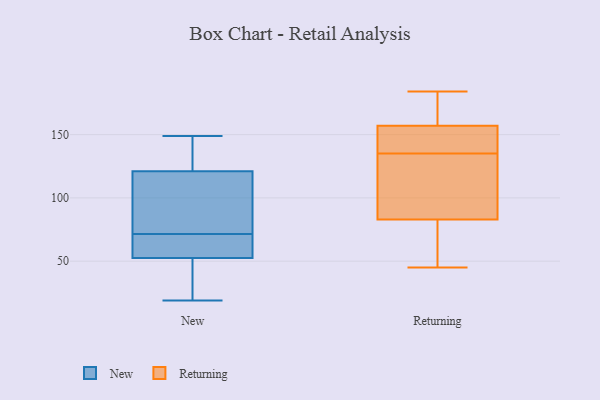
{"axis": {"x": "Net Income (USD K)", "y": "Value"}, "legend": ["New", "Returning"], "data": [{"x": "", "y": 73, "type": "New"}, {"x": "", "y": 53, "type": "New"}, {"x": "", "y": 130, "type": "New"}, {"x": "", "y": 73, "type": "New"}, {"x": "", "y": 65, "type": "New"}, {"x": "", "y": 70, "type": "New"}, {"x": "", "y": 149, "type": "New"}, {"x": "", "y": 31, "type": "New"}, {"x": "", "y": 148, "type": "New"}, {"x": "", "y": 34, "type": "New"}, {"x": "", "y": 19, "type": "New"}, {"x": "", "y": 52, "type": "New"}, {"x": "", "y": 83, "type": "New"}, {"x": "", "y": 133, "type": "New"}, {"x": "", "y": 112, "type": "New"}, {"x": "", "y": 62, "type": "New"}, {"x": "", "y": 79, "type": "Returning"}, {"x": "", "y": 169, "type": "Returning"}, {"x": "", "y": 130, "type": "Returning"}, {"x": "", "y": 157, "type": "Returning"}, {"x": "", "y": 140, "type": "Returning"}, {"x": "", "y": 148, "type": "Returning"}, {"x": "", "y": 129, "type": "Returning"}, {"x": "", "y": 184, "type": "Returning"}, {"x": "", "y": 182, "type": "Returning"}, {"x": "", "y": 107, "type": "Returning"}, {"x": "", "y": 78, "type": "Returning"}, {"x": "", "y": 45, "type": "Returning"}, {"x": "", "y": 83, "type": "Returning"}, {"x": "", "y": 149, "type": "Returning"}]}